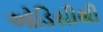
ઓડિસીથી